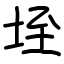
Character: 垤